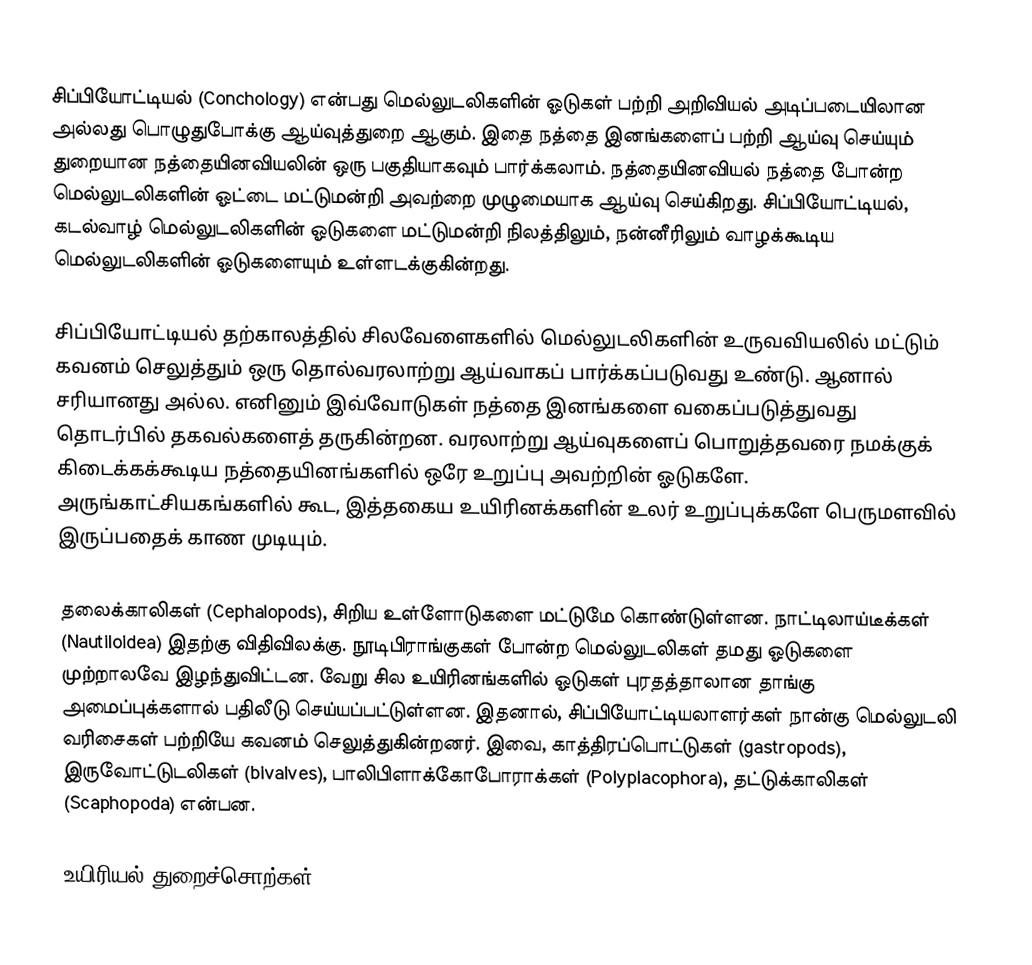
சிப்பியோட்டியல் (Conchology) என்பது மெல்லுடலிகளின் ஓடுகள் பற்றி அறிவியல் அடிப்படையிலான அல்லது பொழுதுபோக்கு ஆய்வுத்துறை ஆகும். இதை நத்தை இனங்களைப் பற்றி ஆய்வு செய்யும் துறையான நத்தையினவியலின் ஒரு பகுதியாகவும் பார்க்கலாம். நத்தையினவியல் நத்தை போன்ற மெல்லுடலிகளின் ஓட்டை மட்டுமன்றி அவற்றை முழுமையாக ஆய்வு செய்கிறது. சிப்பியோட்டியல், கடல்வாழ் மெல்லுடலிகளின் ஓடுகளை மட்டுமன்றி நிலத்திலும், நன்னீரிலும் வாழக்கூடிய மெல்லுடலிகளின் ஓடுகளையும் உள்ளடக்குகின்றது.

சிப்பியோட்டியல் தற்காலத்தில் சிலவேளைகளில் மெல்லுடலிகளின் உருவவியலில் மட்டும் கவனம் செலுத்தும் ஒரு தொல்வரலாற்று ஆய்வாகப் பார்க்கப்படுவது உண்டு. ஆனால் சரியானது அல்ல. எனினும் இவ்வோடுகள் நத்தை இனங்களை வகைப்படுத்துவது தொடர்பில் தகவல்களைத் தருகின்றன. வரலாற்று ஆய்வுகளைப் பொறுத்தவரை நமக்குக் கிடைக்கக்கூடிய நத்தையினங்களில் ஒரே உறுப்பு அவற்றின் ஓடுகளே. அருங்காட்சியகங்களில் கூட, இத்தகைய உயிரினக்களின் உலர் உறுப்புக்களே பெருமளவில் இருப்பதைக் காண முடியும்.

தலைக்காலிகள் (Cephalopods), சிறிய உள்ளோடுகளை மட்டுமே கொண்டுள்ளன. நாட்டிலாய்டீக்கள் (Nautiloidea) இதற்கு விதிவிலக்கு. நூடிபிராங்குகள் போன்ற மெல்லுடலிகள் தமது ஓடுகளை முற்றாலவே இழந்துவிட்டன. வேறு சில உயிரினங்களில் ஓடுகள் புரதத்தாலான தாங்கு அமைப்புக்களால் பதிலீடு செய்யப்பட்டுள்ளன. இதனால், சிப்பியோட்டியலாளர்கள் நான்கு மெல்லுடலி வரிசைகள் பற்றியே கவனம் செலுத்துகின்றனர். இவை, காத்திரப்பொட்டுகள் (gastropods), இருவோட்டுடலிகள் (bivalves), பாலிபிளாக்கோபோராக்கள் (Polyplacophora), தட்டுக்காலிகள் (Scaphopoda) என்பன.

உயிரியல் துறைச்சொற்கள்